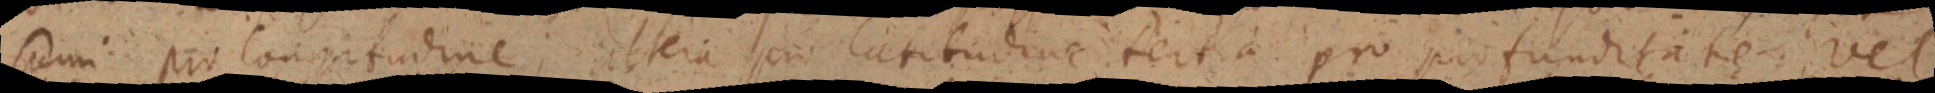
sumi pro longitudine; altera pro latitudine tertia pro profunditate vel